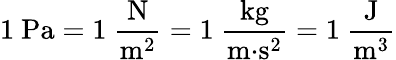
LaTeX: \mathrm{{1~Pa=1~{\frac{N}{m^{2}}}=1~{\frac{kg}{m{\cdot}s^{2}}}=1~{\frac{J}{m^{3}}}}}